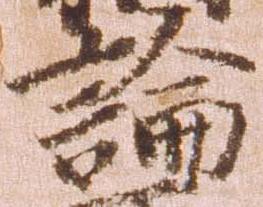
論